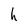
Character: h